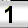
Digit: 1